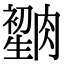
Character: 𦠫